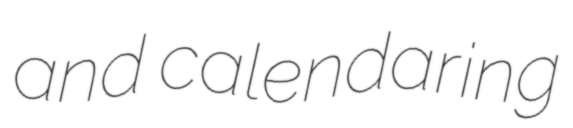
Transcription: and calendaring